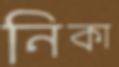
নিকা